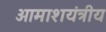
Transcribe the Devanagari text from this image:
आमाशयंत्रीय